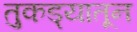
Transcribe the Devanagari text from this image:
तुकड्यातून